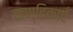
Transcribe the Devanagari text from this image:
कण्डिकाएँ